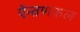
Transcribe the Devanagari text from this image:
ऐन्तणकल